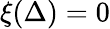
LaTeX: \xi(\Delta)=0